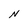
Character: N